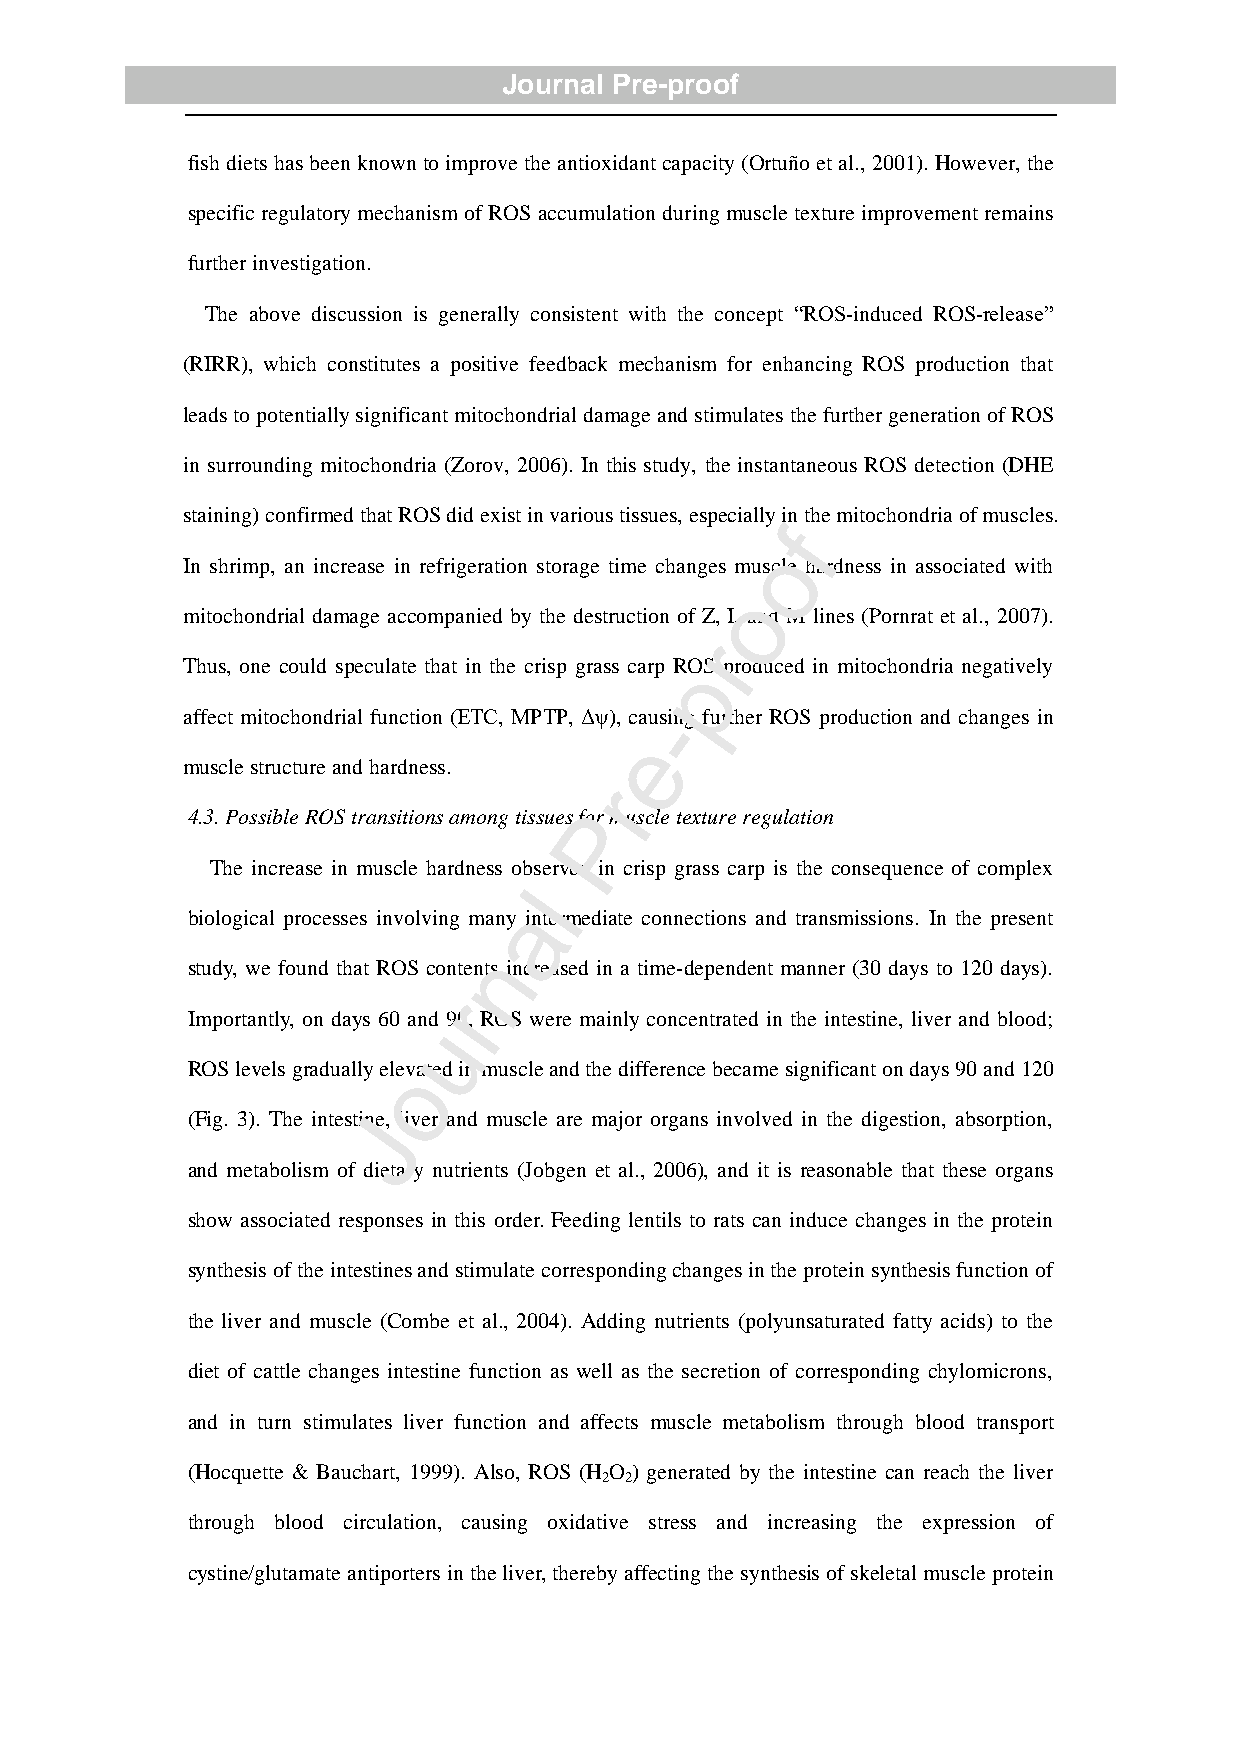
Journal Pre-proof
 fish diets has been known to improve the antioxidant capacity (Ortuño et al., 2001). However, the
 specific regulatory mechanism of ROS accumulation during muscle texture improvement remains
 further investigation.
 The above discussion is generally consistent with the concept “ROS-induced ROS-release”
 (RIRR), which constitutes a positive feedback mechanism for enhancing ROS production that
 leads to potentially significant mitochondrial damage and stimulates the further generation of ROS
 in surrounding mitochondria (Zorov, 2006). In this study, the instantaneous ROS detection (DHE
 staining) confirmed that ROS did exist in various tissues, especially in the mitochondria of muscles.
 f
 o
 In shrimp, an increase in refrigeration storage time changes muscle hardness in associated with
 o
 mitochondrial damage accompanied by the destruction of Z, I, and M lines (Pornrat et al., 2007).
 r
 Thus, one could speculate that in the crisp grass carp RpOS produced in mitochondria negatively
 affect mitochondrial function (ETC, MPTP, Δψ), ca-using further ROS production and changes in
 e
 muscle structure and hardness.
 r
 4.3. Possible ROS transitions among tissues Pfor muscle texture regulation
 The increase in muscle hardness obs erved in crisp grass carp is the consequence of complex
 l
 a
 biological processes involving many intermediate connections and transmissions. In the present
 n
 study, we found that ROS contents increased in a time-dependent manner (30 days to 120 days).
 r
 Importantly, on days 60 and 90, ROS were mainly concentrated in the intestine, liver and blood;
 u
 ROS levels gradually eloevated in muscle and the difference became significant on days 90 and 120
 (Fig. 3). The intestiJne, liver and muscle are major organs involved in the digestion, absorption,
 and metabolism of dietary nutrients (Jobgen et al., 2006), and it is reasonable that these organs
 show associated responses in this order. Feeding lentils to rats can induce changes in the protein
 synthesis of the intestines and stimulate corresponding changes in the protein synthesis function of
 the liver and muscle (Combe et al., 2004). Adding nutrients (polyunsaturated fatty acids) to the
 diet of cattle changes intestine function as well as the secretion of corresponding chylomicrons,
 and in turn stimulates liver function and affects muscle metabolism through blood transport
 (Hocquette & Bauchart, 1999). Also, ROS (H O ) generated by the intestine can reach the liver
 2 2
 through blood circulation, causing oxidative stress and increasing the expression of
 cystine/glutamate antiporters in the liver, thereby affecting the synthesis of skeletal muscle protein